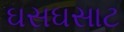
ઘસઘસાટ